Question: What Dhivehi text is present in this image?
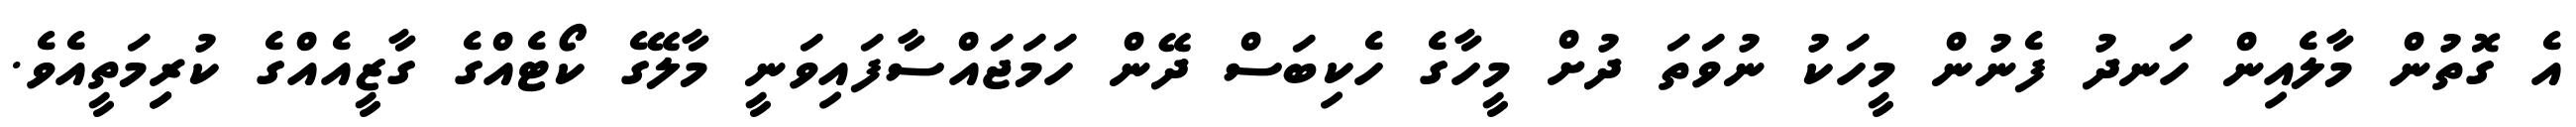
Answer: އެ ގޮތުން މާލެއިން ހަނދު ފެނުން މީހަކު ނުވަތަ ދުށް މީހާގެ ހެކިބަސް ދޭން ހަމަޖައްސާފައިވަނީ މާލޭގެ ކޯޓެއްގެ ގާޒީއެއްގެ ކުރިިމަތީއެވެ.